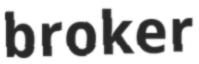
broker